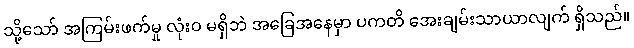
သို့သော် အကြမ်းဖက်မှု လုံးဝ မရှိဘဲ အခြေအနေမှာ ပကတိ အေးချမ်းသာယာလျက် ရှိသည်။